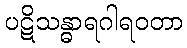
ပဋိသန္ဓာရဂါရဝတာ